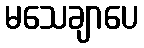
မသေချာပေ